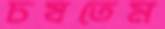
চষতেম